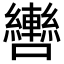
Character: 轡